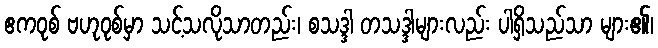
ဧကဝုစ် ဗဟုဝုစ်မှာ သင့်သလိုသာတည်း၊ စသဒ္ဒါ တသဒ္ဒါများလည်း ပါရှိသည်သာ များ၏၊